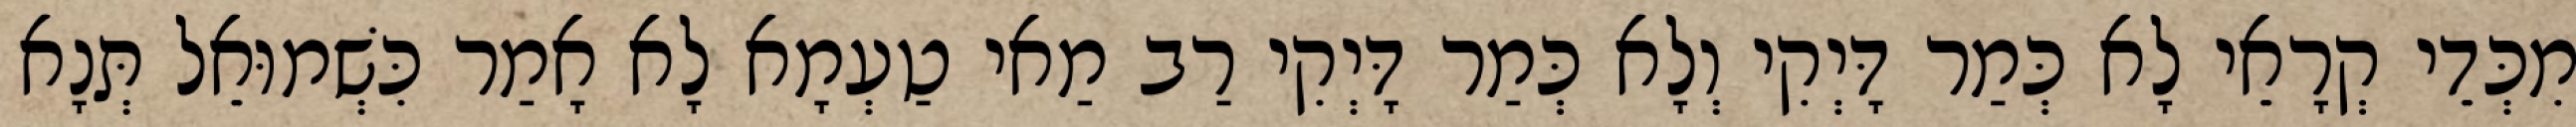
מִכְּדֵי קְרָאֵי לָא כְּמַר דָּיְקִי וְלָא כְּמַר דָּיְקִי רַב מַאי טַעְמָא לָא אָמַר כִּשְׁמוּאֵל תְּנָא